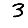
Digit: 3